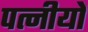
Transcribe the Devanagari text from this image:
पत्नीयों